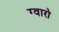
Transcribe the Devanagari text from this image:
ग्वारो